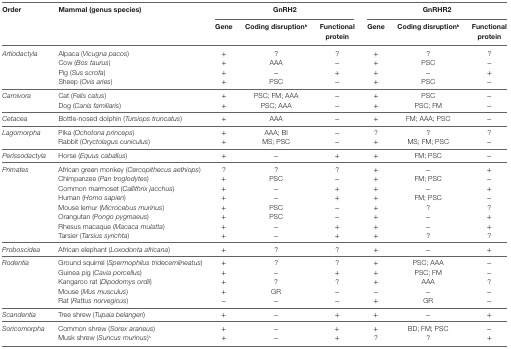
<table><thead><tr><td><b>Order</b></td><td><b>Mammal (genus species)</b></td><td colspan="3"><b>GnRH2</b></td><td colspan="3"><b>GnRHR2</b></td></tr><tr><td></td><td></td><td><b>Gene</b></td><td><b>Coding disruption<sup>b</sup></b></td><td><b>Functional protein</b></td><td><b>Gene</b></td><td><b>Coding disruption<sup>b</sup></b></td><td><b>Functional protein</b></td></tr></thead><tbody><tr><td rowspan="4"><i>Artiodactyla</i></td><td>Alpaca (<i>Vicugna pacos</i>)</td><td>+</td><td>?</td><td>?</td><td>+</td><td>?</td><td>?</td></tr><tr><td>Cow (<i>Bos taurus</i>)</td><td>+</td><td>AAA</td><td>−</td><td>+</td><td>PSC</td><td>−</td></tr><tr><td>Pig (<i>Sus scrofa</i>)</td><td>+</td><td>−</td><td>+</td><td>+</td><td>−</td><td>+</td></tr><tr><td>Sheep (<i>Ovis aries</i>)</td><td>+</td><td>PSC</td><td>−</td><td>+</td><td>PSC</td><td>−</td></tr><tr><td rowspan="2"><i>Carnivora</i></td><td>Cat (<i>Felis catus</i>)</td><td>+</td><td>PSC; FM; AAA</td><td>−</td><td>+</td><td>PSC</td><td>−</td></tr><tr><td>Dog (<i>Canis familiaris</i>)</td><td>+</td><td>PSC; AAA</td><td>−</td><td>+</td><td>PSC; FM</td><td>−</td></tr><tr><td><i>Cetacea</i></td><td>Bottle-nosed dolphin (<i>Tursiops truncatus</i>)</td><td>+</td><td>AAA</td><td>−</td><td>+</td><td>FM; AAA; PSC</td><td>−</td></tr><tr><td rowspan="2"><i>Lagomorpha</i></td><td>Pika (<i>Ochotona princeps</i>)</td><td>+</td><td>AAA; BI</td><td>−</td><td>?</td><td>?</td><td>?</td></tr><tr><td>Rabbit (<i>Oryctolagus cuniculus</i>)</td><td>+</td><td>MS; PSC</td><td>−</td><td>+</td><td>MS; FM; PSC</td><td>−</td></tr><tr><td><i>Perissodactyla</i></td><td>Horse (<i>Equus caballus</i>)</td><td>+</td><td>−</td><td>+</td><td>+</td><td>FM; PSC</td><td>−</td></tr><tr><td rowspan="8"><i>Primates</i></td><td>African green monkey (<i>Cercopithecus aethiops</i>)</td><td>?</td><td>?</td><td>?</td><td>+</td><td>−</td><td>+</td></tr><tr><td>Chimpanzee (<i>Pan troglodytes</i>)</td><td>+</td><td>PSC</td><td>−</td><td>+</td><td>FM; PSC</td><td>−</td></tr><tr><td>Common marmoset (<i>Callithrix jacchus</i>)</td><td>+</td><td>−</td><td>+</td><td>+</td><td>−</td><td>+</td></tr><tr><td>Human (<i>Homo sapien</i>)</td><td>+</td><td>−</td><td>+</td><td>+</td><td>FM; PSC</td><td>−</td></tr><tr><td>Mouse lemur (<i>Microcebus murinus</i>)</td><td>+</td><td>PSC</td><td>−</td><td>+</td><td>?</td><td>?</td></tr><tr><td>Orangutan (<i>Pongo pygmaeus</i>)</td><td>+</td><td>PSC</td><td>−</td><td>+</td><td>−</td><td>+</td></tr><tr><td>Rhesus macaque (<i>Macaca mulatta</i>)</td><td>+</td><td>−</td><td>+</td><td>+</td><td>−</td><td>+</td></tr><tr><td>Tarsier (<i>Tarsius syrichta</i>)</td><td>+</td><td>−</td><td>+</td><td>+</td><td>?</td><td>?</td></tr><tr><td><i>Proboscidea</i></td><td>African elephant (<i>Loxodonta africana</i>)</td><td>+</td><td>?</td><td>?</td><td>+</td><td>−</td><td>+</td></tr><tr><td rowspan="5"><i>Rodentia</i></td><td>Ground squirrel (<i>Spermophilus tridecemlineatus</i>)</td><td>+</td><td>?</td><td>?</td><td>+</td><td>PSC; AAA</td><td>−</td></tr><tr><td>Guinea pig (<i>Cavia porcellus</i>)</td><td>+</td><td>−</td><td>+</td><td>+</td><td>PSC; FM</td><td>−</td></tr><tr><td>Kangaroo rat (<i>Dipodomys ordii</i>)</td><td>+</td><td>?</td><td>?</td><td>+</td><td>AAA</td><td>?</td></tr><tr><td>Mouse (<i>Mus musculus</i>)</td><td>+</td><td>GR</td><td>−</td><td>−</td><td>−</td><td>−</td></tr><tr><td>Rat (<i>Rattus norvegicus</i>)</td><td>−</td><td>−</td><td>−</td><td>+</td><td>GR</td><td>−</td></tr><tr><td><i>Scandentia</i></td><td>Tree shrew (<i>Tupaia belangeri</i>)</td><td>+</td><td>−</td><td>+</td><td>+</td><td>−</td><td>+</td></tr><tr><td rowspan="2"><i>Soricomorpha</i></td><td>Common shrew (<i>Sorex araneus</i>)</td><td>+</td><td>−</td><td>+</td><td>+</td><td>BD; FM; PSC</td><td>−</td></tr><tr><td>Musk shrew (<i>Suncus murinus</i>)<sup>c</sup></td><td>+</td><td>−</td><td>+</td><td>?</td><td>?</td><td>+</td></tr></tbody></table>